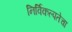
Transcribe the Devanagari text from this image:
निर्विकल्पतेचा